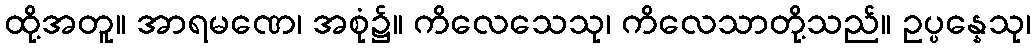
ထို့အတူ။ အာရမဏေ၊ အစုံ၌။ ကိလေသေသု၊ ကိလေသာတို့သည်။ ဥပ္ပန္နေသု၊